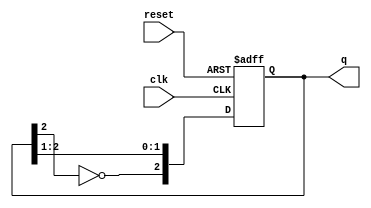
module JohnsonCounter (
    input wire clk,         // Clock signal
    input wire reset,       // Asynchronous reset signal
    output reg [N-1:0] q    // Counter output (N bits)
);
    parameter N = 3; // Number of flip-flops (you can change this value)

    always @(posedge clk or posedge reset) begin
        if (reset) begin
            q <= 0; // Reset the counter to zero
        end else begin
            q <= {~q[N-1], q[N-1:N-2]}; // Shift and invert the last bit
        end
    end
endmodule